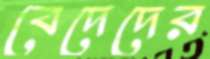
বেদেদের